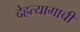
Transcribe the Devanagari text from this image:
देहत्यागाची